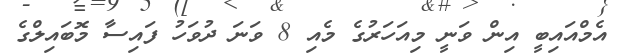
އެމްއައިބީ އިން ވަނީ މިއަހަރުގެ މެއި 8 ވަނަ ދުވަހު ފައިސާ މޮބައިލްގެ